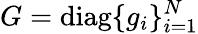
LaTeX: G=\mathrm{diag}\{ g_{i}\} _{i=1}^{N}